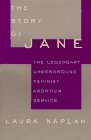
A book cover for The Story of Jane: The Legendary Underground Feminist Abortion Service; Laura Kaplan; Politics & Social Sciences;